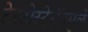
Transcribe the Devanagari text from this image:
टेस्टोस्टेरॉनमुळे